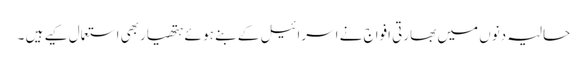
حالیہ دنوں میں بھارتی افواج نے اسرائیل کے بنے ہو ئے ہتھیاربھی استعمال کیے ہیں ۔